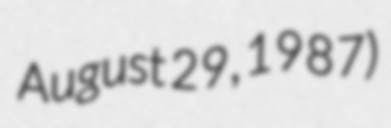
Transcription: August 29, 1987)